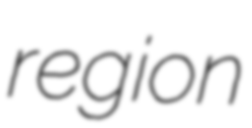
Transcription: region